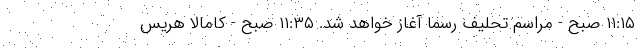
۱۱:۱۵ صبح - مراسم تحلیف رسما آغاز خواهد شد. ۱۱:۳۵ صبح - کامالا هریس